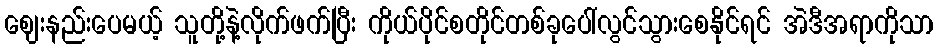
ဈေးနည်းပေမယ့် သူတို့နဲ့လိုက်ဖက်ပြီး ကိုယ်ပိုင်စတိုင်တစ်ခုပေါ်လွင်သွားစေနိုင်ရင် အဲဒီအရာကိုသာ